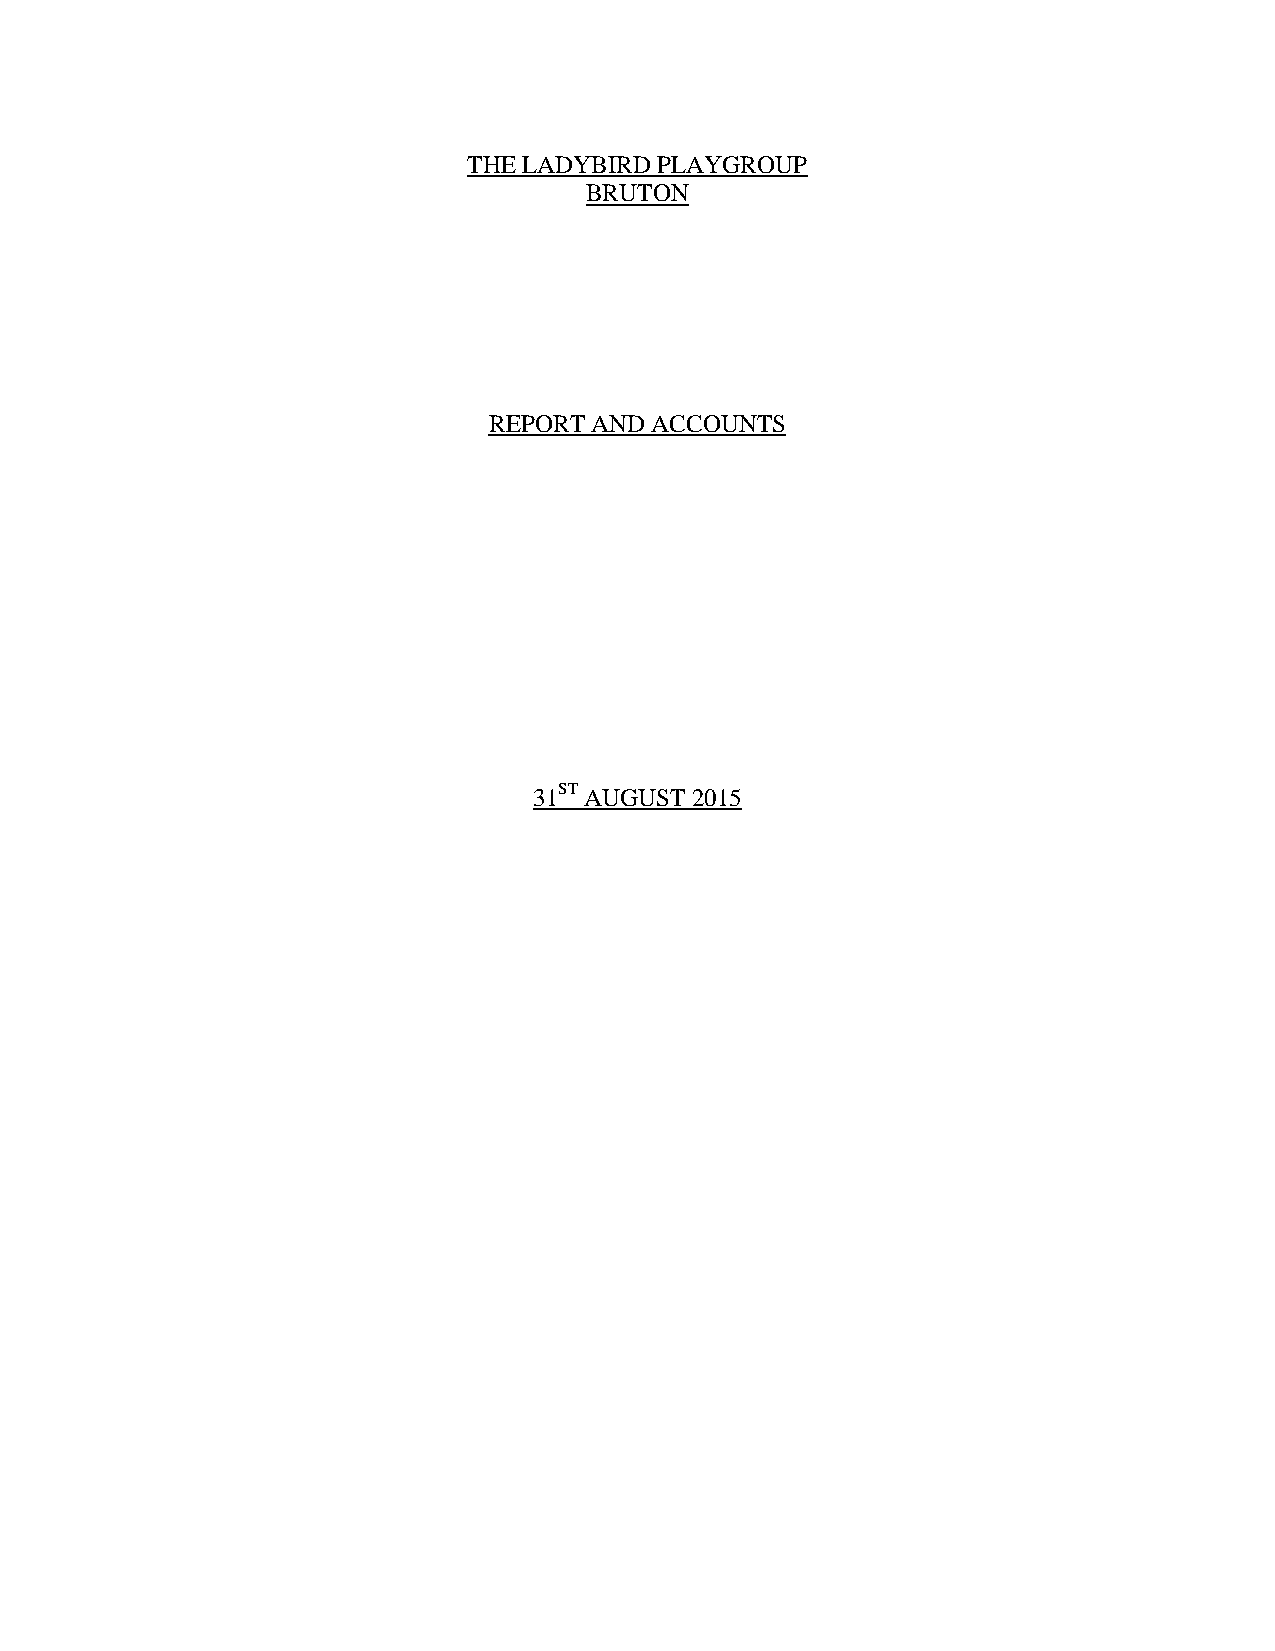
THE LADYBIRD PLAYGROUP
 BRUTON
 REPORT AND ACCOUNTS
 31ST AUGUST 2015